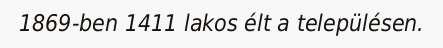
1869-ben 1411 lakos élt a településen.